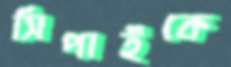
সিপাইকে